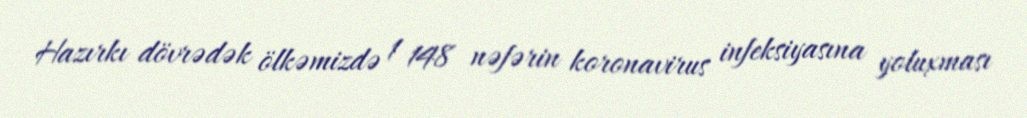
Hazırkı dövrədək ölkəmizdə 1 148 nəfərin koronavirus infeksiyasına yoluxması